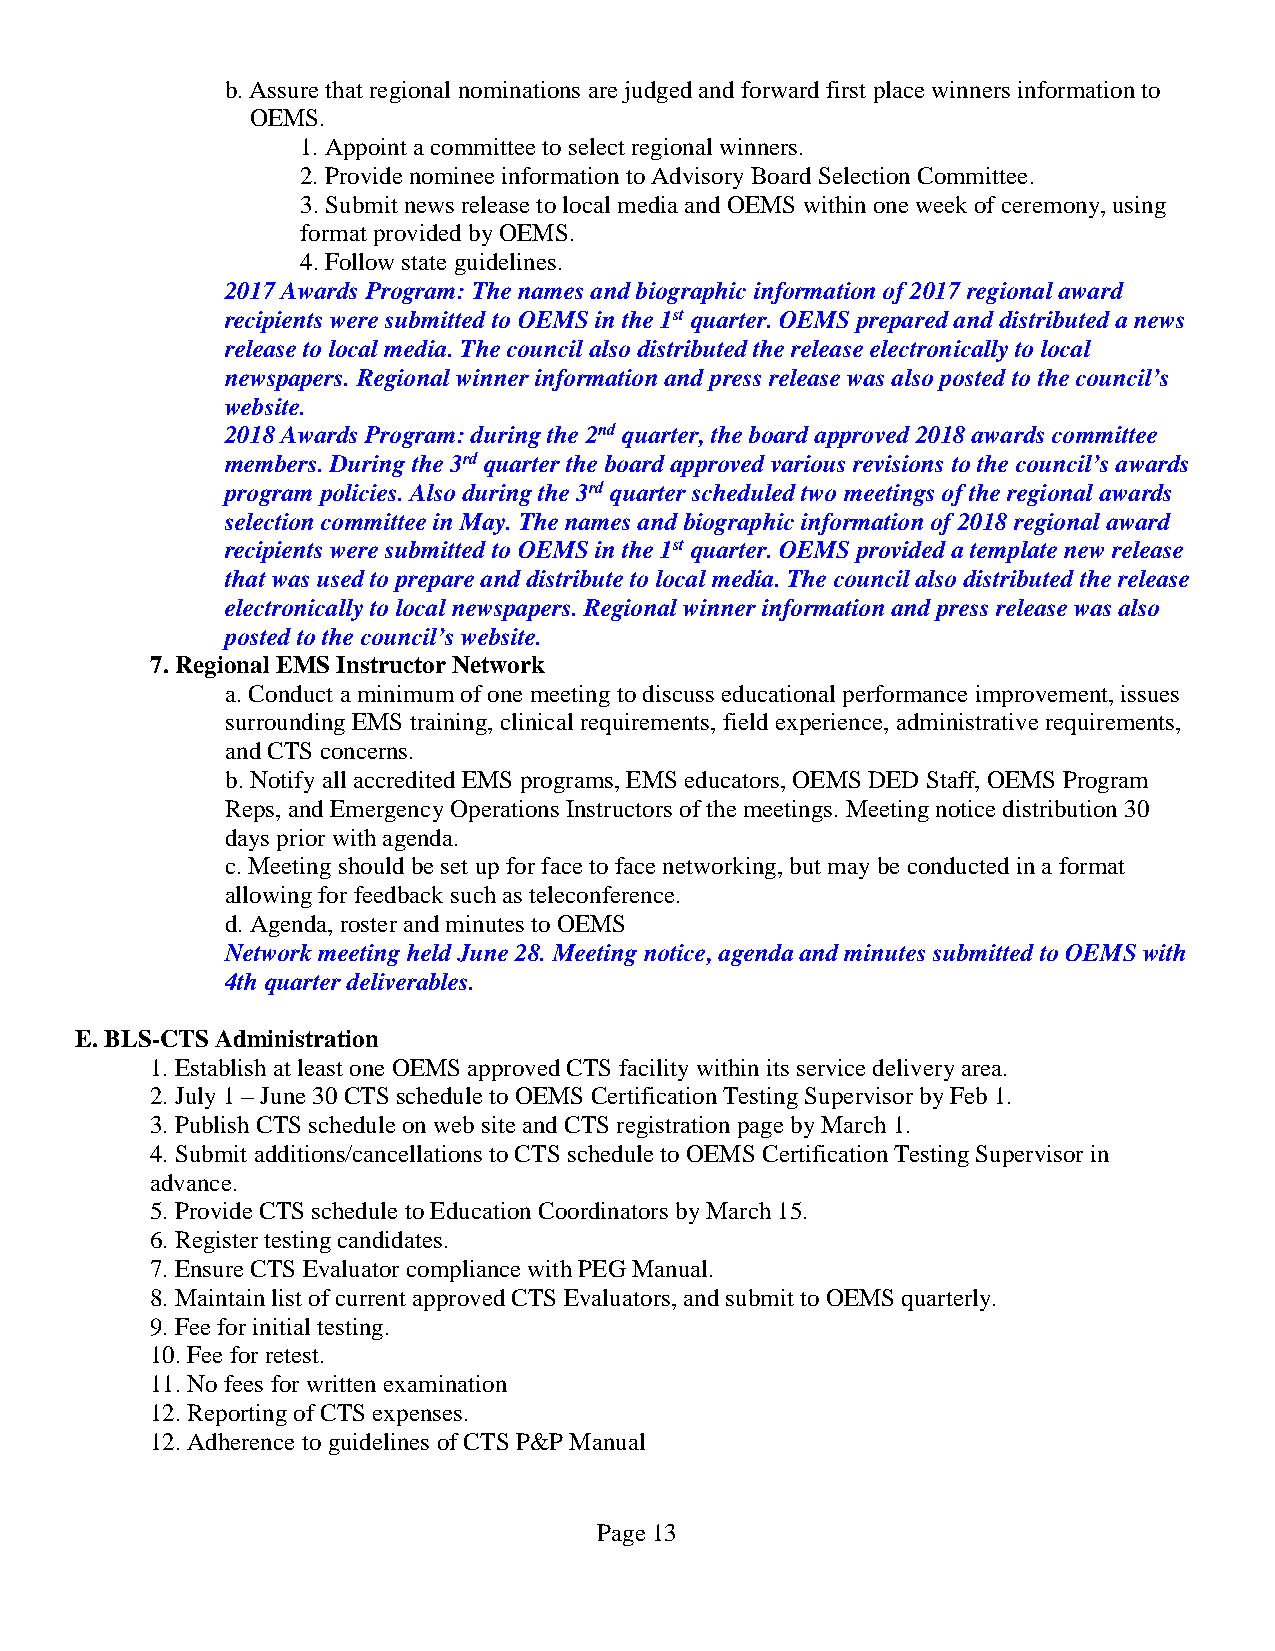
b. Assure that regional nominations are judged and forward first place winners information to
 OEMS.
 1. Appoint a committee to select regional winners.
 2. Provide nominee information to Advisory Board Selection Committee.
 3. Submit news release to local media and OEMS within one week of ceremony, using
 format provided by OEMS.
 4. Follow state guidelines.
 2017 Awards Program: The names and biographic information of 2017 regional award
 recipients were submitted to OEMS in the 1st quarter. OEMS prepared and distributed a news
 release to local media. The council also distributed the release electronically to local
 newspapers. Regional winner information and press release was also posted to the council’s
 website.
 2018 Awards Program: during the 2nd quarter, the board approved 2018 awards committee
 members. During the 3rd quarter the board approved various revisions to the council’s awards
 program policies. Also during the 3rd quarter scheduled two meetings of the regional awards
 selection committee in May. The names and biographic information of 2018 regional award
 recipients were submitted to OEMS in the 1st quarter. OEMS provided a template new release
 that was used to prepare and distribute to local media. The council also distributed the release
 electronically to local newspapers. Regional winner information and press release was also
 posted to the council’s website.
 7. Regional EMS Instructor Network
 a. Conduct a minimum of one meeting to discuss educational performance improvement, issues
 surrounding EMS training, clinical requirements, field experience, administrative requirements,
 and CTS concerns.
 b. Notify all accredited EMS programs, EMS educators, OEMS DED Staff, OEMS Program
 Reps, and Emergency Operations Instructors of the meetings. Meeting notice distribution 30
 days prior with agenda.
 c. Meeting should be set up for face to face networking, but may be conducted in a format
 allowing for feedback such as teleconference.
 d. Agenda, roster and minutes to OEMS
 Network meeting held June 28. Meeting notice, agenda and minutes submitted to OEMS with
 4th quarter deliverables.
 E. BLS-CTS Administration
 1. Establish at least one OEMS approved CTS facility within its service delivery area.
 2. July 1 – June 30 CTS schedule to OEMS Certification Testing Supervisor by Feb 1.
 3. Publish CTS schedule on web site and CTS registration page by March 1.
 4. Submit additions/cancellations to CTS schedule to OEMS Certification Testing Supervisor in
 advance.
 5. Provide CTS schedule to Education Coordinators by March 15.
 6. Register testing candidates.
 7. Ensure CTS Evaluator compliance with PEG Manual.
 8. Maintain list of current approved CTS Evaluators, and submit to OEMS quarterly.
 9. Fee for initial testing.
 10. Fee for retest.
 11. No fees for written examination
 12. Reporting of CTS expenses.
 12. Adherence to guidelines of CTS P&P Manual
 Page 13